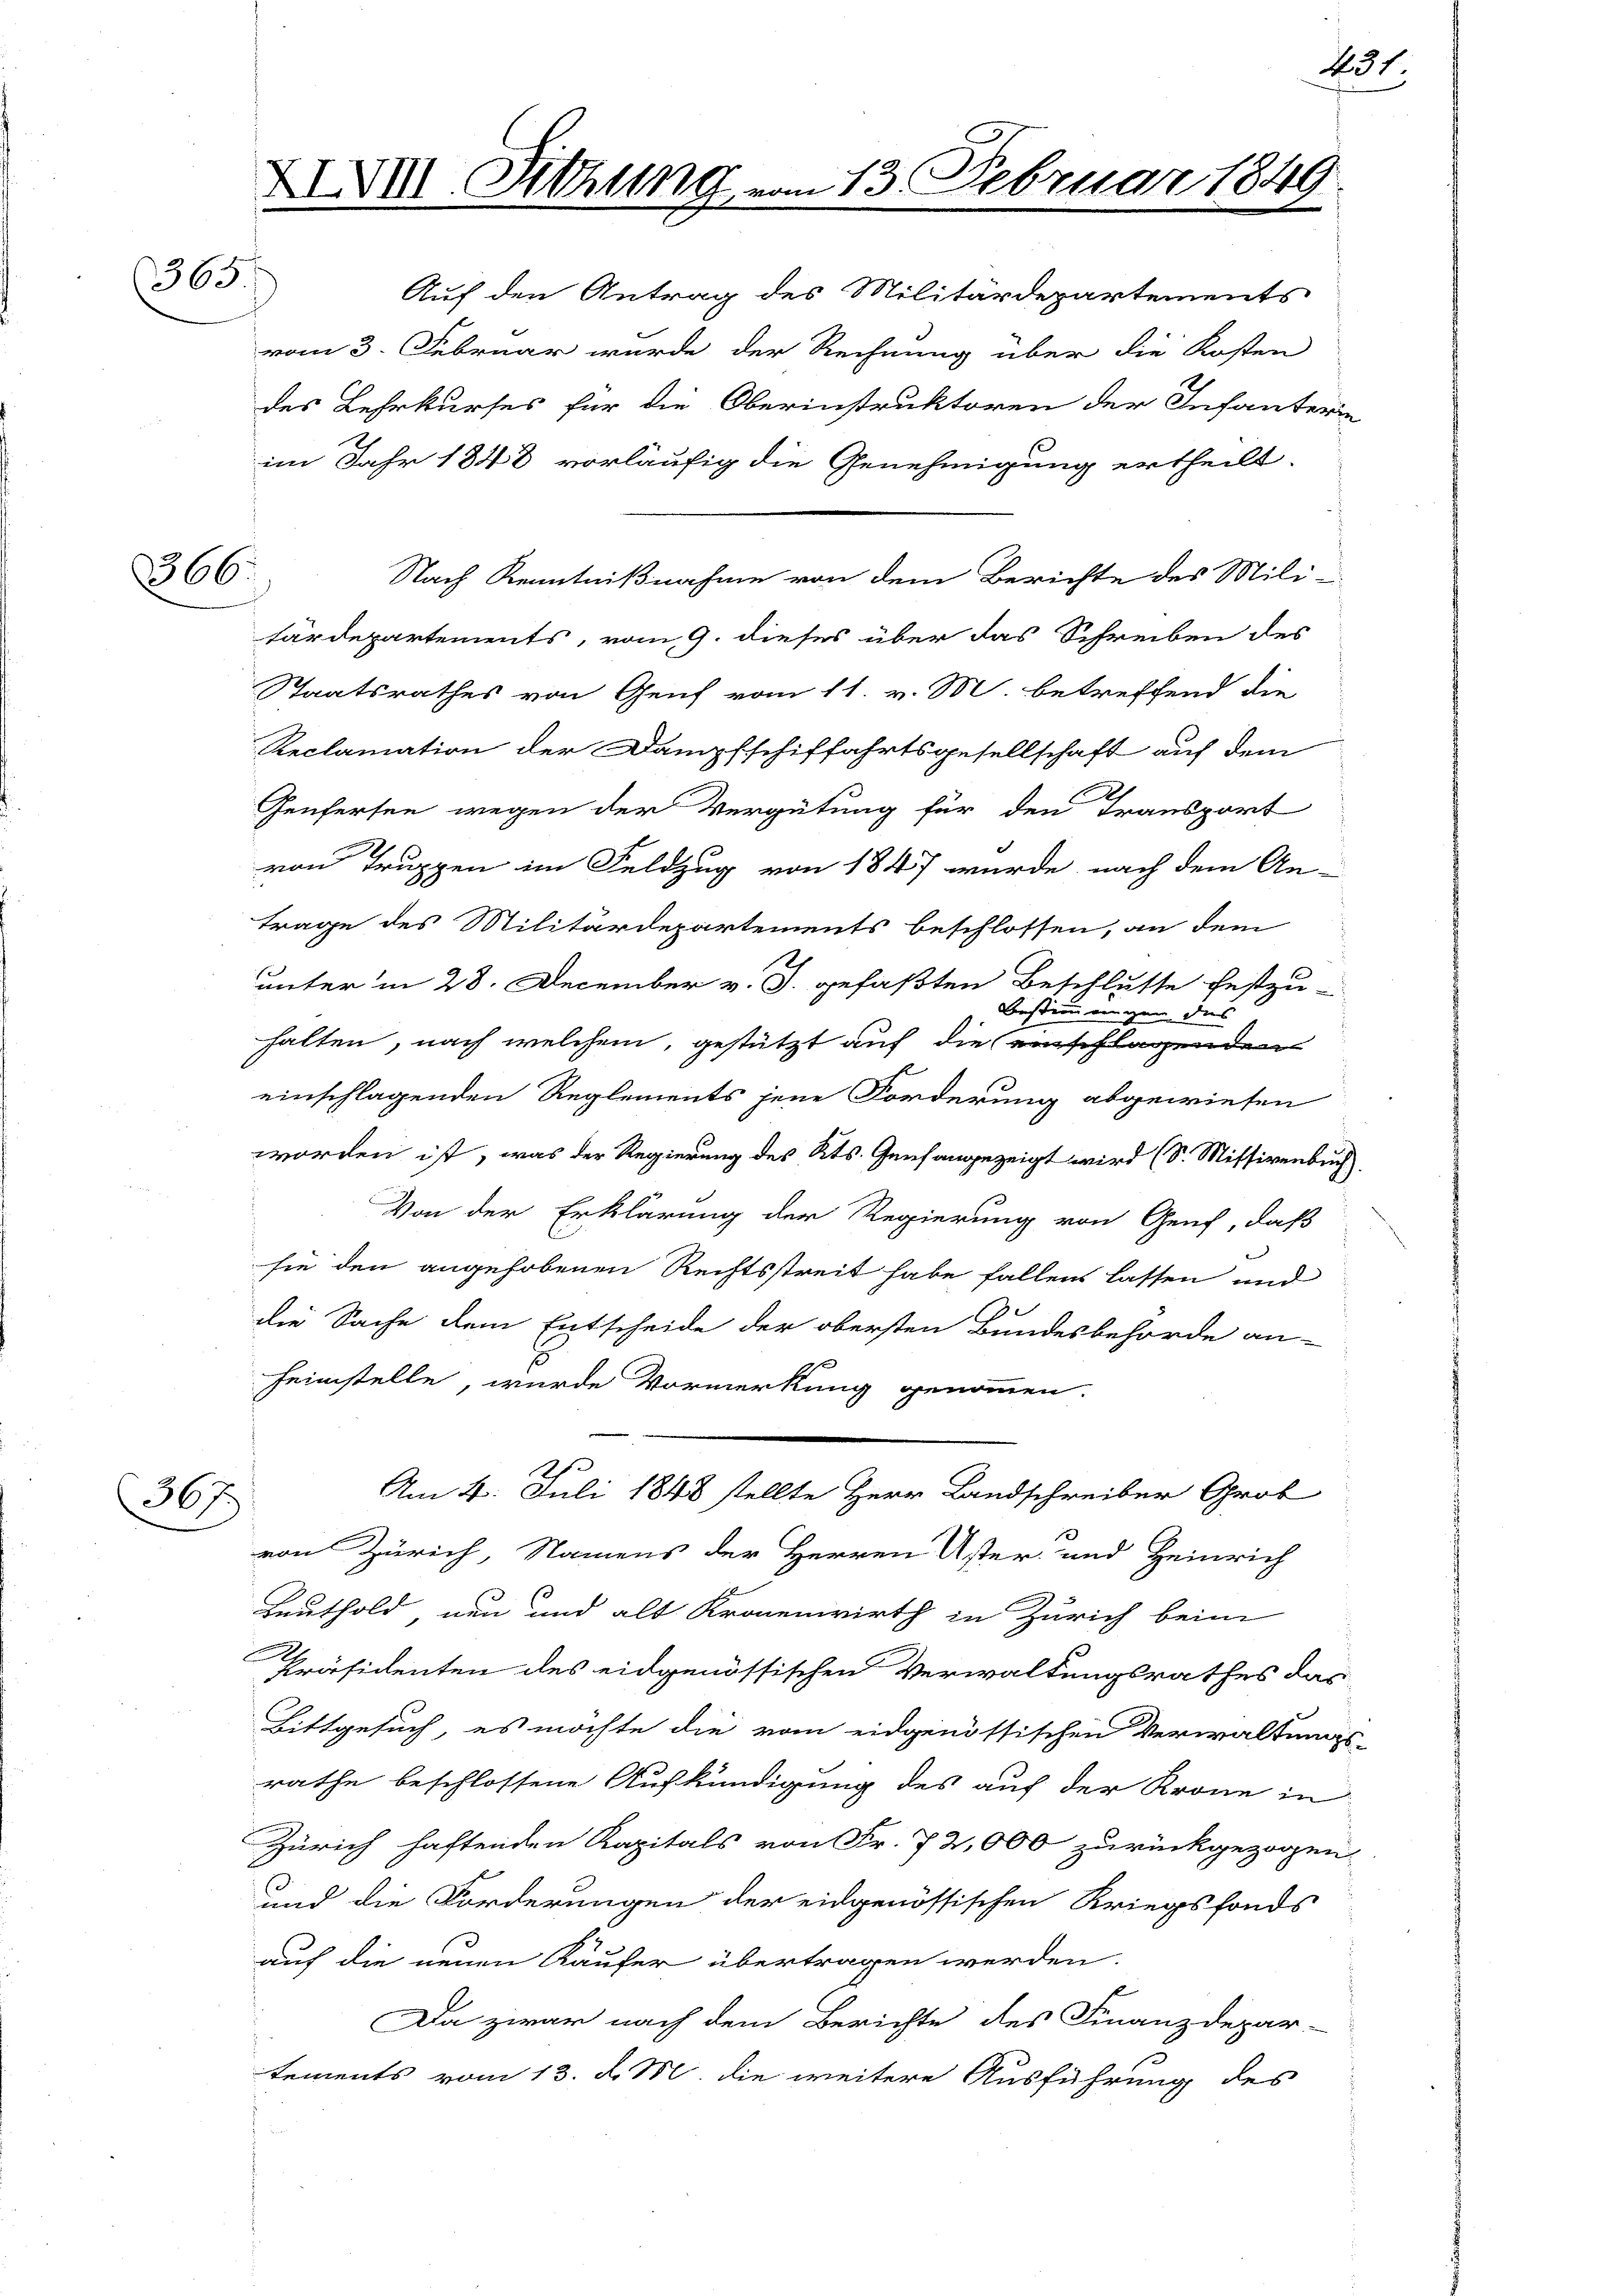
365.

366.

36 f

XXXVIII. Sitzung vom 13. Februar 1849.

Auf den Antrag des Militärdepartements
vom 3. Februar wurde der Rechnung über die Kosten
des Lehrkurses für die Oberinstruktoren der Infanterin
im Jahr 1848 vorläufig die Genehmigung ertheilt.
Nach Kenntnißnahme von dem Berichte des Mili-
tärdepartements, vom 9. dieses über das Schreiben des
Staatsrathes von Genf vom 11. v. M. betreffend die
Reclamation der Dampfschiffahrtsgesellschaft auf dem
Genfersen wegen der Vergütung für den Transport
von Truppen im Feldzug von 1847 wurde nach dem An-
trage des Militärdepartements beschlossen, an dem
unter in 28. December v. J. gefaßten Beschlusse festzu-
Bestimmungen das
halten, nach welchem, gestützt auf die einschlagenden
einschlagenden Reglements jene Forderung abgewiesen
worden ist, was der Regierung des Kts. Genhangezeigt wird (S. Missivenbuch.
Von der Erklärung der Regierung von Genf, daß
sie den angehobenen Rechtsstreit habe fallen lassen und
die Sache dem Entscheide der obersten Bundesbehörde an-
heimstelle, wurde Vormerkung genommen.
.
Am 4. Juli 1848 stellte Herr Landschreiber Grob
1
von Zürich, Namens der Herren Uster und Heinrich
Leuthold neu und alt Kronenwirth in Zürich beim
Präsidenten des eidgenössischen Verwaltungsrathes das
Bittgesuch, es möchte die vom eidgenössischen Verwaltungs-
rathe beschlossene Aufkündigung des auf der Krone in
Zürich haftenden Kapitals von Fr. 72,000 zurückgezogen
und die Forderungen der eidgenössischen Kriegsfonds
auf die neuen Käufer übertragen werden.
Da zwar nach dem Berichte des Finanzdepar-
tements vom 13. d. M. die weitere Ausführung des

431